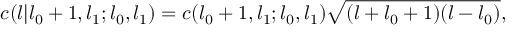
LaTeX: c ( l | l _ { 0 } + 1 , l _ { 1 } ; l _ { 0 } , l _ { 1 } ) = c ( l _ { 0 } + 1 , l _ { 1 } ; l _ { 0 } , l _ { 1 } ) \sqrt { ( l + l _ { 0 } + 1 ) ( l - l _ { 0 } ) } ,